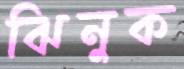
ঝিনুক